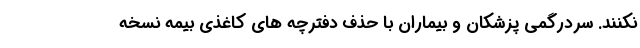
نکنند. سردرگمی پزشکان و بیماران با حذف دفترچه ‌های کاغذی بیمه نسخه